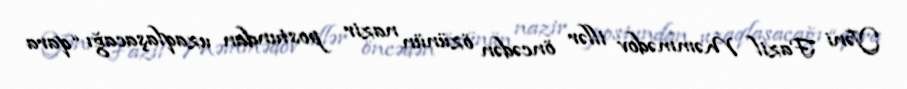
Yəni Fazil Məmmədov illər öncədən özünün nazir postundan uzaqlaşacağı “qara